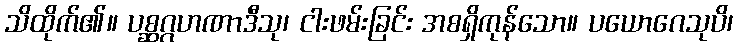
သိထိုက်၏။ ပစ္ဆဂ္ဂဟဏာဒီသု၊ ငါးဖမ်းခြင်း အစရှိကုန်သော။ ပယောဂေသုပိ၊